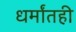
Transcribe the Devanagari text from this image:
धर्मांतही